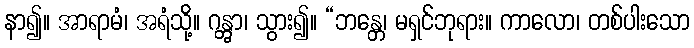
နာ၍။ အာရာမံ၊ အရံသို့။ ဂန္တွာ၊ သွား၍။ “ဘန္တေ၊ မရှင်ဘုရား။ ကာလော၊ တစ်ပါးသော